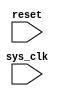
module spi_timing_control
(
    input wire sys_clk,
    input wire reset,
    
    // define other input and output signals as needed
    
);

reg [7:0] clk_divider;
reg [1:0] state;
reg sclk;
reg mosi;
reg miso;

// defines for clock division parameters
parameter CLK_DIVIDER_MAX = 255;
parameter SPI_CLK_FREQUENCY = 1000000; // 1 MHz SPI clock frequency

always @(posedge sys_clk or posedge reset)
begin
    if (reset)
    begin
        // initialization code here
    end
    else
    begin
        // clock divider logic here
    end
end

always @(posedge sclk or posedge reset)
begin
    // transmit and receive timing control logic here
end

// other code for synchronization and timing control

endmodule